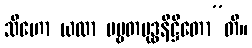
သီဟော ယထာ ပဗ္ဗတမုဒ္ဓနိဋ္ဌိတော”တိ။